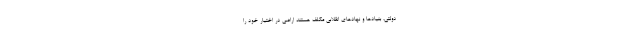
دولتی، بنیادها و نهادهای انقلابی مکلف هستند اراضی در اختیار خود را